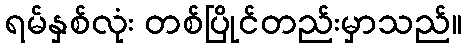
ရမ်နှစ်လုံး တစ်ပြိုင်တည်းမှာသည်။